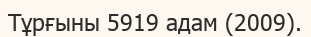
Тұрғыны 5919 адам (2009).